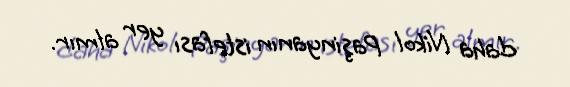
daha Nikol Paşinyanın istefası yer almır.